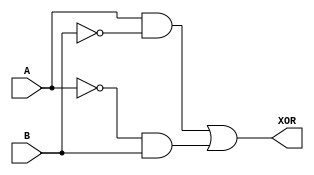
module xor_gate_using_transmission_gates (
    input A,
    input B,
    output XOR
);

wire A_bar, B_bar, AB, A_B;

assign A_bar = ~A;
assign B_bar = ~B;
assign AB = A & B_bar;
assign A_B = A_bar & B;

assign XOR = AB | A_B;

endmodule